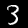
Label: 3